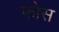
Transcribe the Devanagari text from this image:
फोस